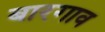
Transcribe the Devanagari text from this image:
बारगाव